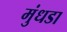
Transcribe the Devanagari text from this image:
मुंधडा